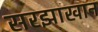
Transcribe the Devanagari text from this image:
सरझाखान